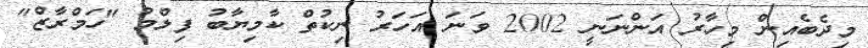
މިދެބެއިން މިހާރު އަންނަނީ 2002 ވަނަ އަހަރު ނިކުތް ކާމިޔާބު ފިލްމު "ހަމްރާޒް"